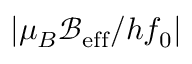
| \mu _ { B } \mathcal { B } _ { \mathrm { e f f } } / h f _ { 0 } |